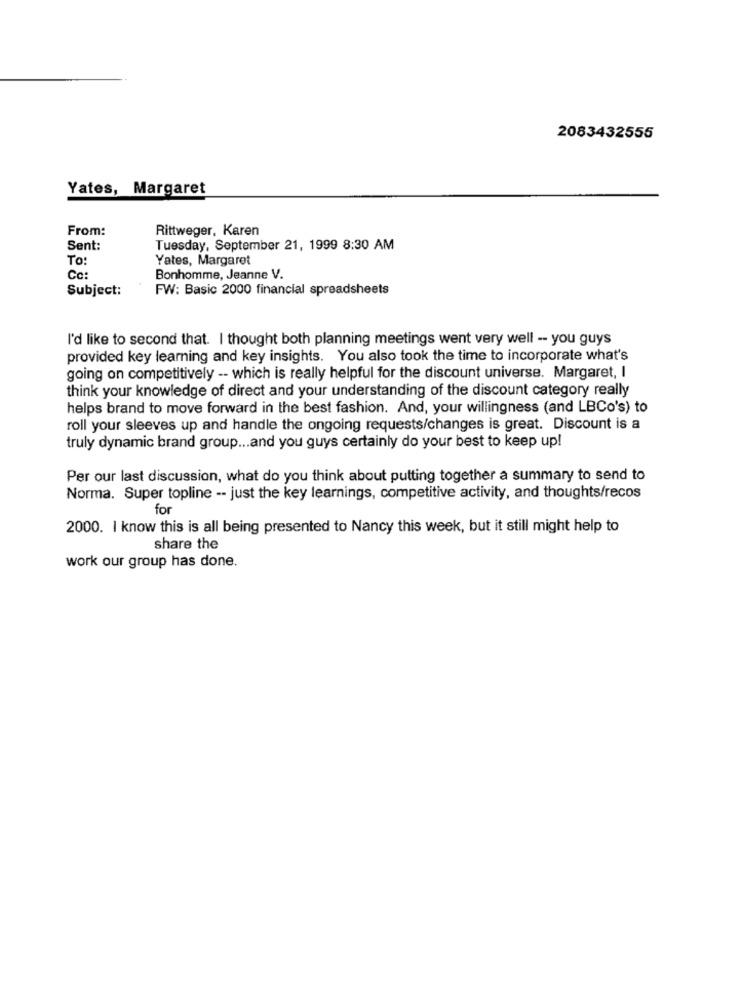
2083432555
Yates, Margaret
From:
Rittweger, Karen
Sent:
Tuesday, September 21, 1999 8:30 AM
To:
Yates, Margaret
Co:
Bonhomme, Jeanne V.
Subject:
FW: Basic 2000 financial spreadsheets
I'd like to second that. I thought both planning meetings went very well -- you guys
provided key learning and key insights. You also took the time to incorporate what's
going on competitively -- which is really helpful for the discount universe. Margaret, I
think your knowledge of direct and your understanding of the discount category really
helps brand to move forward in the best fashion. And, your willingness (and LBCo's) to
roll your sleeves up and handle the ongoing requests/changes is great. Discount is a
truly dynamic brand group ... and you guys certainly do your best to keep up!
Per our last discussion, what do you think about putting together a summary to send to
Norma. Super topline -- just the key learnings, competitive activity, and thoughts/recos
for
2000. I know this is all being presented to Nancy this week, but it still might help to
share the
work our group has done.